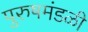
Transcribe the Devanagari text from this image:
पुरुषमंडळी